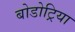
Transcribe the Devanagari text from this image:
बोडोट्रिया